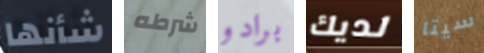
شأنها شرطه برادو لديك سيتا